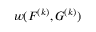
w ( F ^ { ( k ) } , G ^ { ( k ) } )